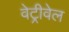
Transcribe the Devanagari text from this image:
वेट्रीवेल